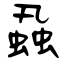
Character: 蝨